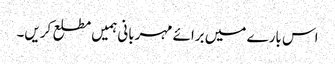
اس بارے میں برائے مہربانی ہمیں مطلع کریں۔